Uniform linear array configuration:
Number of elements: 48
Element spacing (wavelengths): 0.75
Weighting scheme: blackman
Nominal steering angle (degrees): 45
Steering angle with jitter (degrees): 46.651
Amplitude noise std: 0.05
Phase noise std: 0.05

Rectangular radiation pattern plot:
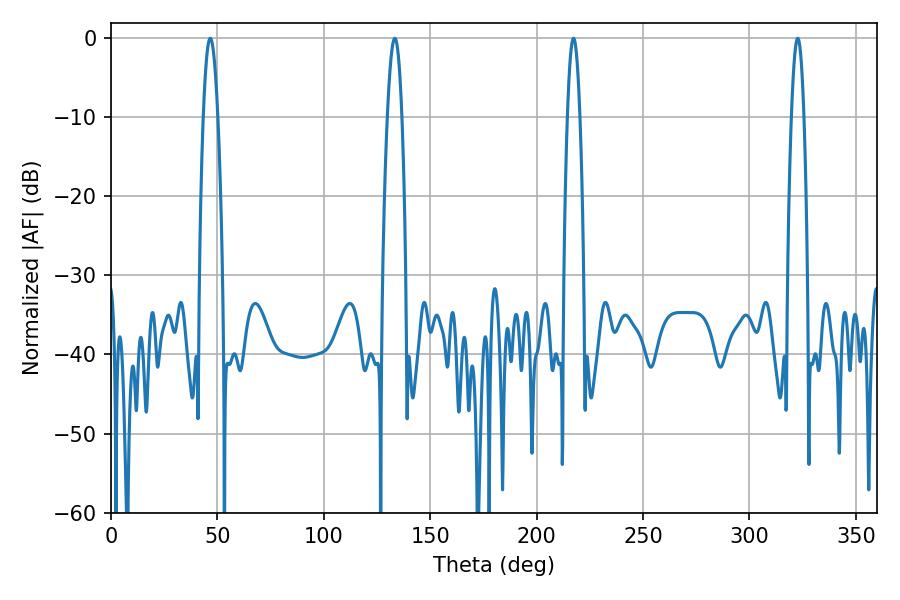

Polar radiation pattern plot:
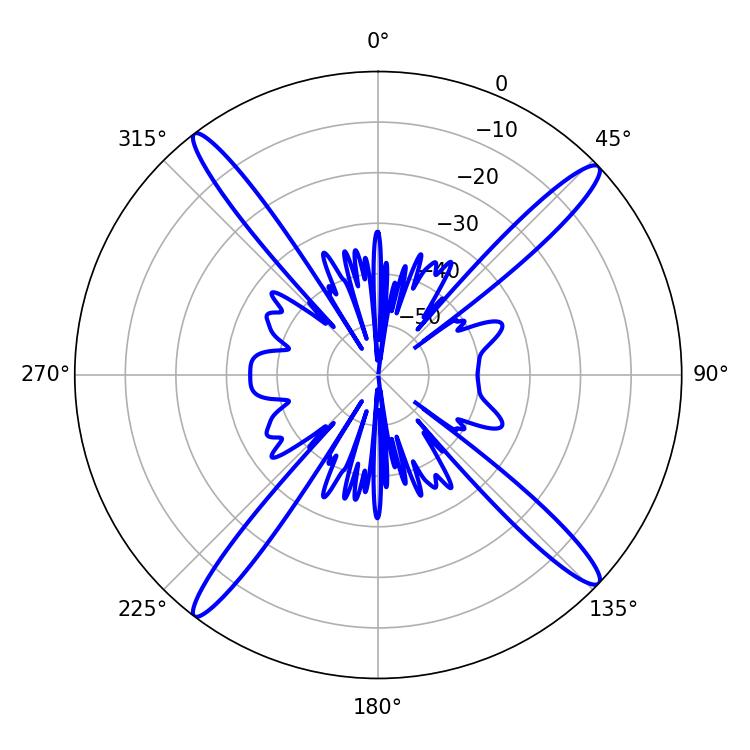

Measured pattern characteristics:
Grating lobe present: TRUE
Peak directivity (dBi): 18.387
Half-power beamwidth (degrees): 3.78
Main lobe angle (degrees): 46.62